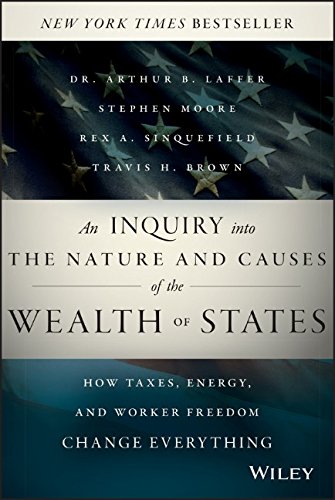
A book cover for An Inquiry into the Nature and Causes of the Wealth of States: How Taxes, Energy, and Worker Freedom Change Everything; Arthur B. Laffer; Business & Money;